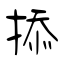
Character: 掭